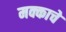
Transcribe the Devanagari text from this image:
मक्काचे